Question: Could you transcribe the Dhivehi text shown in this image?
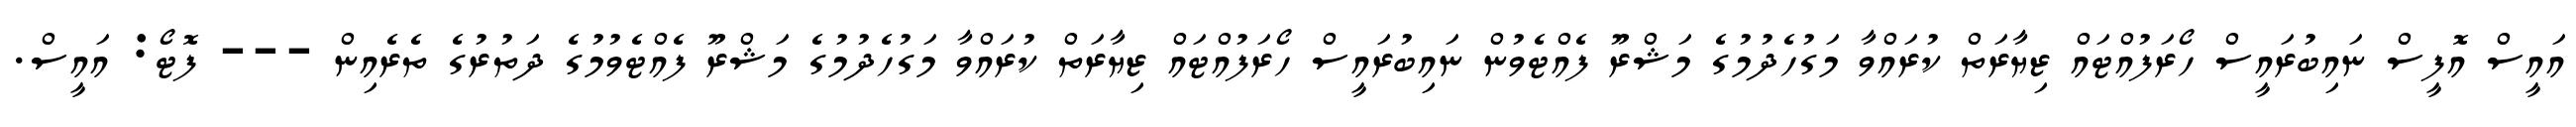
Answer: އައީސް އޮފީސް ނައިބުރައީސް ހޯރަފުއްޓައް ޒިޔާރަތް ކުރައްވާ މަގުހެދުމުގެ މަޝްރޫ ފެއްޓެވުން ނައިބުރައީސް ހޯރަފުއްޓައް ޒިޔާރަތް ކުރައްވާ މަގުހެދުމުގެ މަޝްރޫ ފެއްޓެވުމުގެ ދަތުރުގެ ތެރެއިން --- ފޮޓޯ: އައީސް.